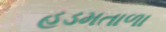
હડમતાળા